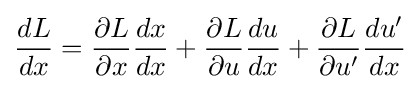
{\frac {dL}{dx}}={\frac {\partial L}{\partial x}}{\frac {dx}{dx}}+{\frac {\partial L}{\partial u}}{\frac {du}{dx}}+{\frac {\partial L}{\partial u'}}{\frac {du'}{dx}}